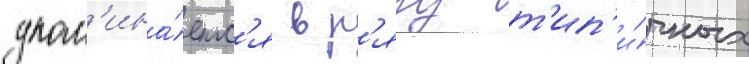
упом'ина́етс'я в р'яду т'ип'и́чных